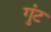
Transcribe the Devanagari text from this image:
गुंट